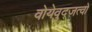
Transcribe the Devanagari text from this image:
वोयेवुद्ज़त्वो